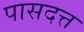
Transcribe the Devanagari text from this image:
पासदत्त